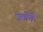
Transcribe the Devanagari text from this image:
जतींचे